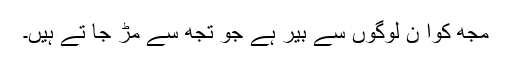
مجھ کواُ ن لوگوں سے بیر ہے جو تُجھ سے مُڑ جا تے ہیں۔